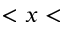
< x <